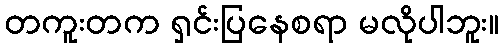
တကူးတက ရှင်းပြနေစရာ မလိုပါဘူး။